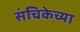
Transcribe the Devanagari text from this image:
संचिकेच्या